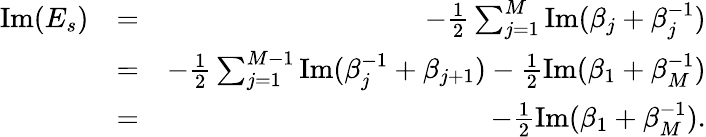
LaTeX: \begin{array}{rlr}{\mathrm{Im}(E_{s})}&{=}&{-\frac{1}{2}\sum_{j=1}^{M}\mathrm{Im}(\beta_{j}+\beta_{j}^{-1})}\\ &{=}&{-\frac{1}{2}\sum_{j=1}^{M-1}\mathrm{Im}(\beta_{j}^{-1}+\beta_{j+1})-\frac{1}{2}\mathrm{Im}(\beta_{1}+\beta_{M}^{-1})}\\ &{=}&{-\frac{1}{2}\mathrm{Im}(\beta_{1}+\beta_{M}^{-1}).}\end{array}